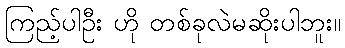
ကြည့်ပါဦး ဟို တစ်ခုလဲမဆိုးပါဘူး။